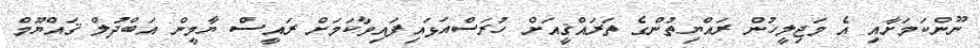
ނޫންކަމަށާއި އެ މަޖިލީހުން ރައްޔިތުންގެ ތަރައްޤީއަށް ހުރަސްއަޅައިފައިވާކަމަށް ރައީސް ޔާމީން އަބްދުލް ޤައްޔޫމް